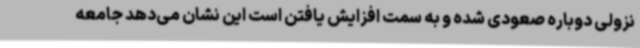
نزولی دوباره صعودی شده و به سمت افزایش یافتن است این نشان می‌دهد جامعه